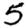
Digit: 5